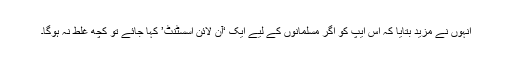
انہوں نے مزید بتایا کہ اس ایپ کو اگر مسلمانوں کے لیے ایک ‘آن لائن اسسٹنٹ’ کہا جائے تو کچھ غلط نہ ہوگا۔